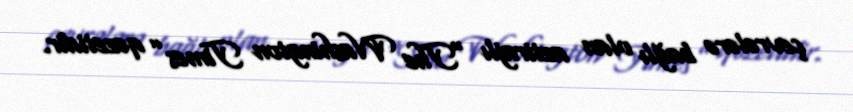
çevrələrə bağlı olan aztirajlı “The Washington Times” qəzetidir.